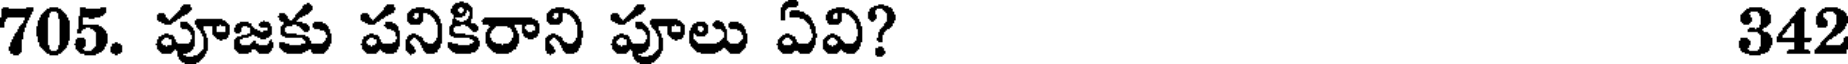
705. పూజకు పనికిరాని పూలు ఏవి? 342